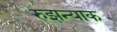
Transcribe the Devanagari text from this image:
रुझन्याक